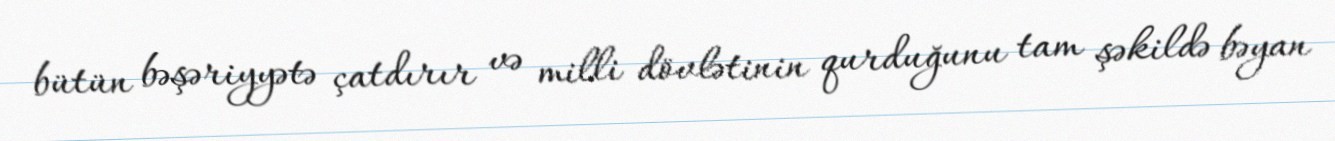
bütün bəşəriyyətə çatdırır və milli dövlətinin qurduğunu tam şəkildə bəyan